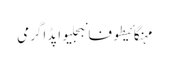
مہنگائیطوفانبجلیواپڈاگرمی